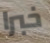
خبرا